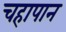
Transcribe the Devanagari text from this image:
चहापान